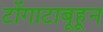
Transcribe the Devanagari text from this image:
टोंगाटाबूहून